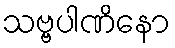
သဗ္ဗပါဏိနော